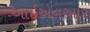
આઈએનઆર